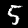
Label: 5